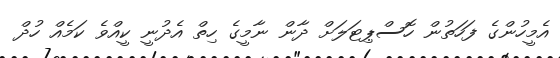
އެމީހުންގެ ފަހަތުން ހޮސްޕިޓަލަށް ދާން ނާމީގެ ހިތް އެދުނީ ކީއްވެ ކަމެއް ހުދް